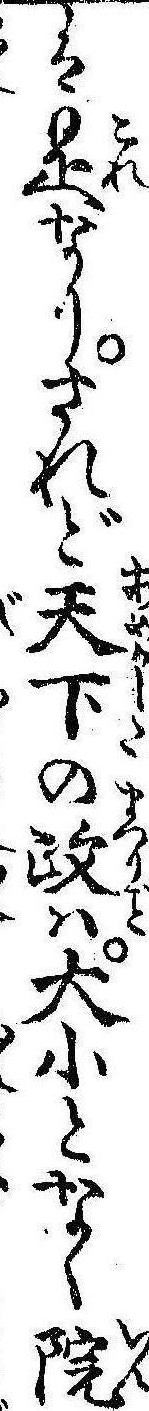
は是なりされど天下の政は大小となく院